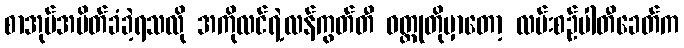
စာအုပ်အပိတ်ခံခဲ့ရသလို အကိုလင်ရဲ့လန်ကွတ်တီ ဝတ္ထုတိုမှာတော့ လမ်းစဉ်ပါတီခေတ်က